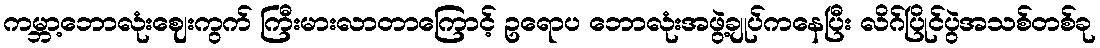
ကမ္ဘာ့ဘောလုံးဈေးကွက် ကြီးမားလာတာကြောင့် ဥရောပ ဘောလုံးအဖွဲ့ချုပ်ကနေပြီး လိဂ်ပြိုင်ပွဲအသစ်တစ်ခု